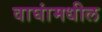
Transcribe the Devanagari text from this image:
वाघांमधील